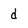
Character: d